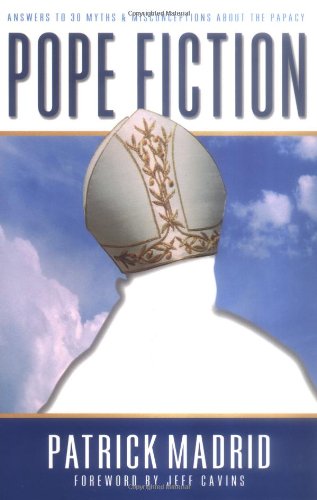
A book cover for Pope Fiction: Answers to 30 Myths and Misconceptions About the Papacy; Patrick Madrid; Christian Books & Bibles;